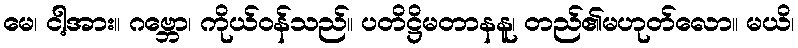
မေ၊ ငါ့အား။ ဂဗ္ဘော၊ ကိုယ်ဝန်သည်။ ပတိဋ္ဌိမတာနနူ၊ တည်၏မဟုတ်လော။ မယိ၊